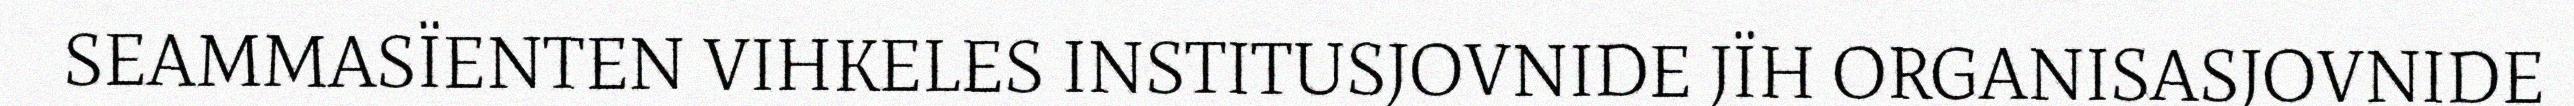
SEAMMASÏENTEN VIHKELES INSTITUSJOVNIDE JÏH ORGANISASJOVNIDE